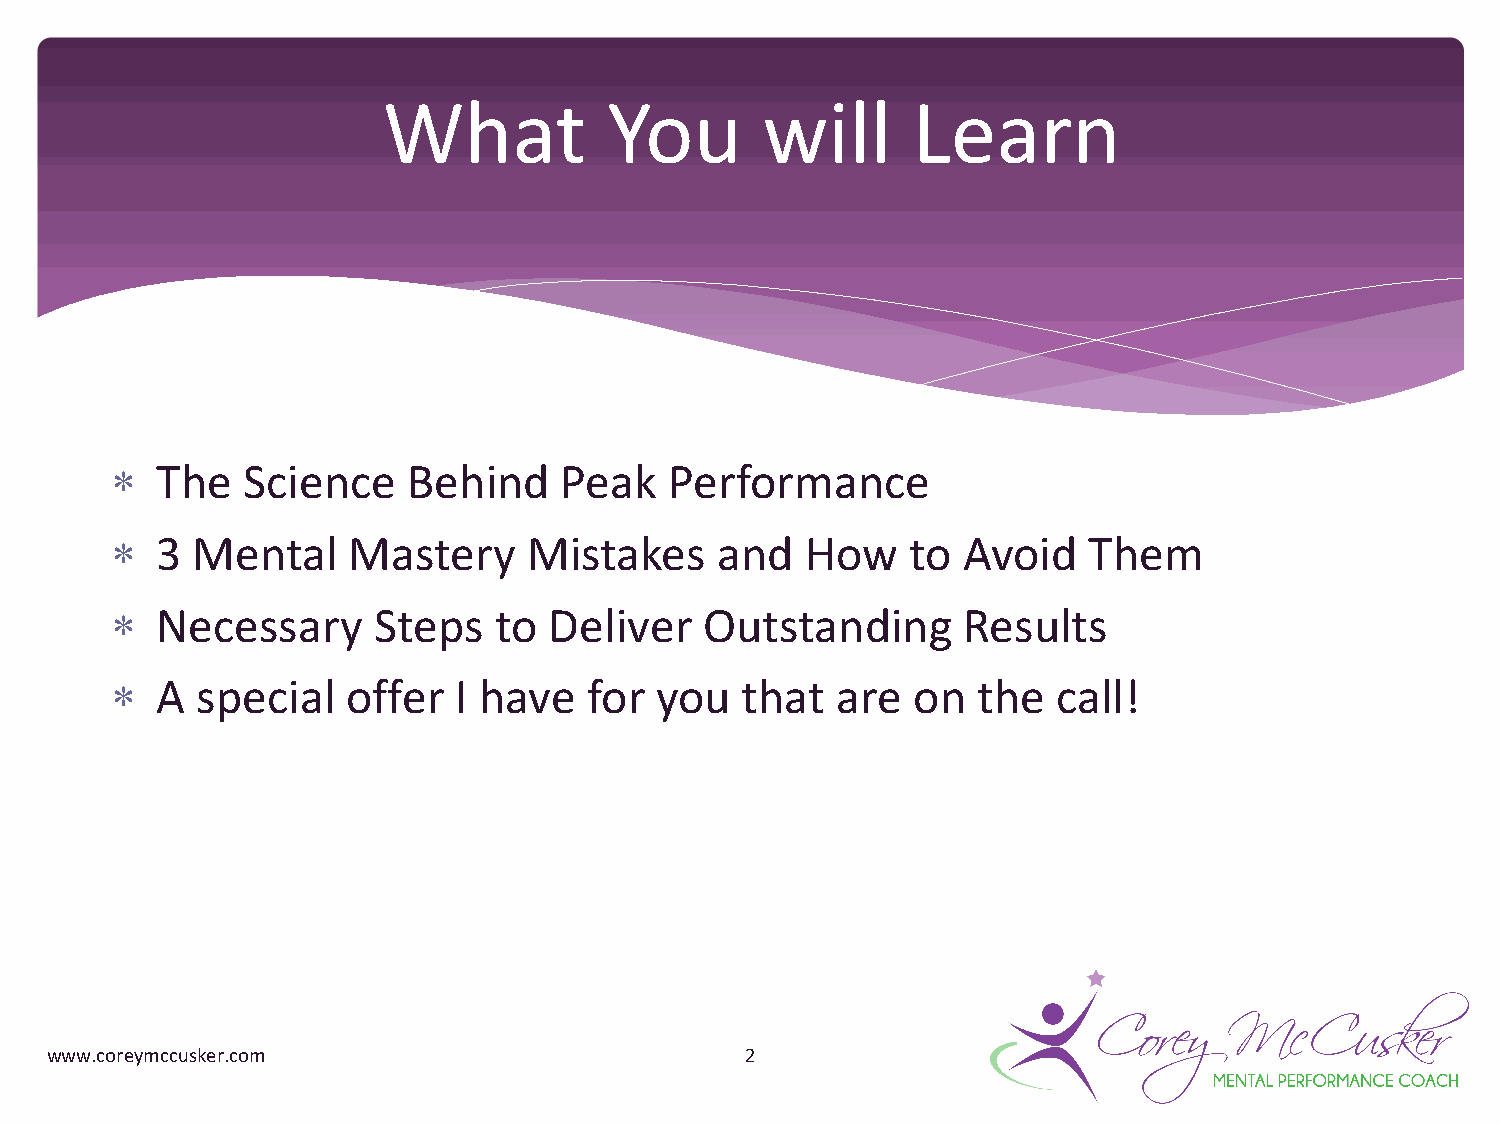
What           You       will      Learn
 *  The   Science    Behind    Peak   Performance
 *  3  Mental    Mastery     Mistakes    and   How    to  Avoid   Them
 *  Necessary      Steps   to Deliver    Outstanding      Results
 *  A  special   offer  I have   for you   that  are  on   the  call!
 www.coreymccusker.com                         2